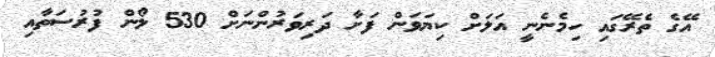
އޭގެ ތެރޭގައި ހިމެނެނީ އަލަށް ކިޔަަވަން ފަށާ ދަރިވަރުންނަށް 530 ލޯން ފުރުސަތާއި